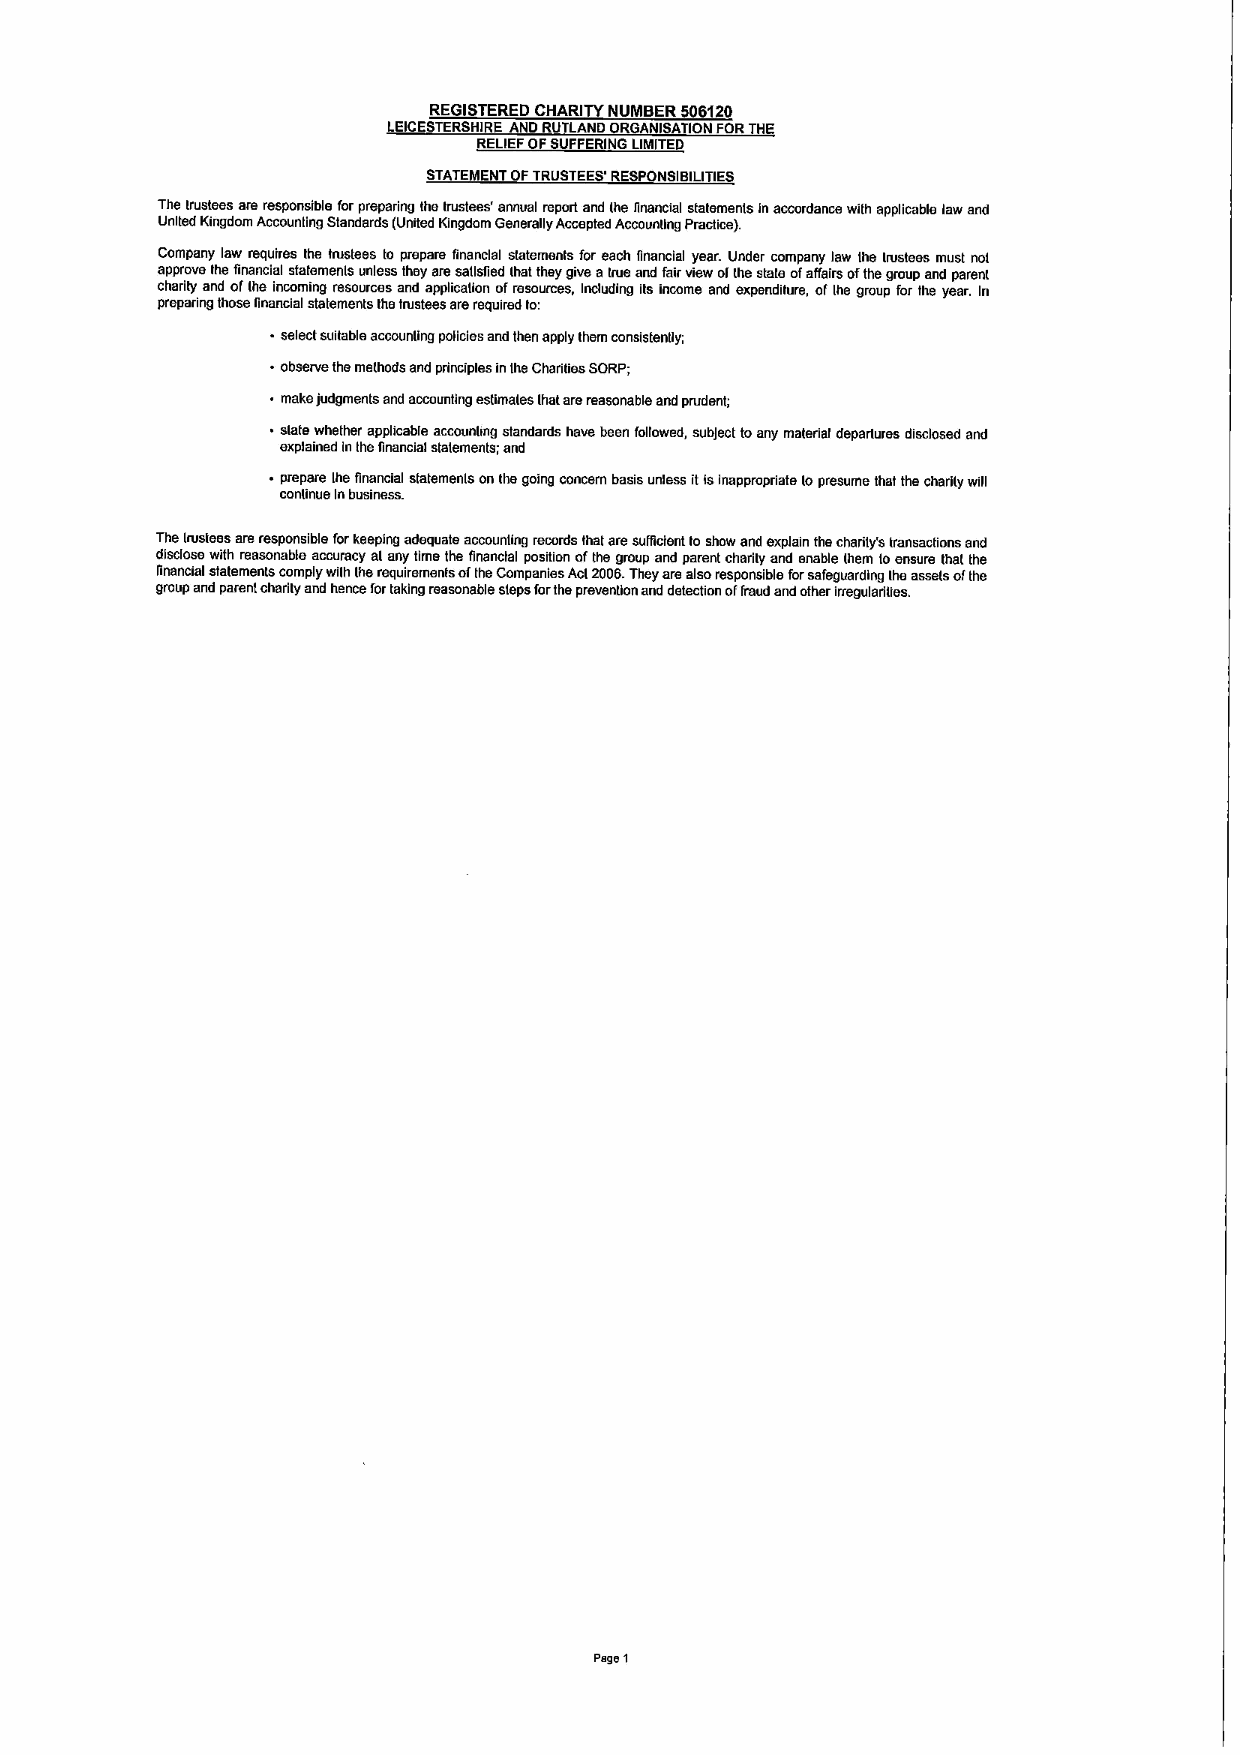
REGISTERED CHARITY NUMBER 506120
 LEICESTERSHIRE AND RUTLAND ORGANISATION FORTHE
 RELIEFOFSUFFERING LIMITED
 STATEMENT OFTRUSTEES'RESPONSIBILITIES
 The Irustees are responsible forpreparing the trustees' annual report and ihe financial statemenls inaccordance with applicable law and
 United Kingdom Accounting Standards (United Kingdom Generally Accepted Accoungng Pradice).
 Company law requires the trustees to prepare financial statements for each financial year. Under company law Ihe Iiustees must nol
 approve the financial statemenls unless they are satisfied Ihat they give aiiue and fair view ofthe stale ofaffairs ofthe group and parent
 charity and oflhe incoming resources and application ofresources, Including its income and expenditure, ofIhe group for the year. In
 preparing those financial statements the trustees arerequired to:
 selectsuitable accounling policies and then apply them consistently;
 observe the methods and principles inIheCharities SORP;
 makejudgments and accounting estimates thai arereasonable and prudent;
 slate whether applicable accounbng standards have been followed, subject toany material departures disclosed and
 explained InIhefinancial statements; and
 prepare Ihe financial statemenls on the going concern basis unless itisInappropriate lopresume that the chariiy will
 continue Inbusiness.
 The trustees arsresponsible forkeeping adequate accounting records that are suilicient toshow and explain the charily's transactions and
 disclose with reasonable accuracy al any time the financial position ofthe group and parent charity and enable ihsm loensure thai the
 linancial statemenis comply with lhe requirements ofthe Companies AM2006.They are also responsible forsafeguarding lhe assels ofthe
 group and parent charity and hence fortaking reasonable steps forthe prevention and detection offraud and other irregularities.
 P8981